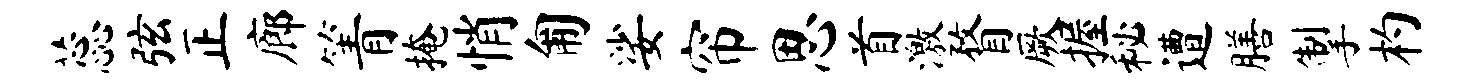
蕊弦正廊箐掩悄匍娑帘思首激瞀厥握秘遭膳掣杓